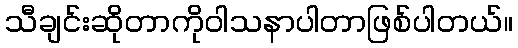
သီချင်းဆိုတာကိုဝါသနာပါတာဖြစ်ပါတယ်။